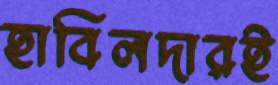
হাবিলদারই